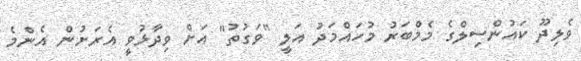
ވެލިދޫ ކައުންސިލްގެ މެމްބަރު މުހައްމަދު އަލީ "ވަގުތު" އަށް ވިދާޅުވީ އެރަށުން އެންމެ